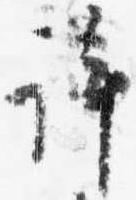
許